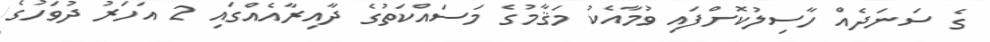
ގެ ސަނަދެއް ހާސިލުކޮށްފައި ވުމާއެކު މަޤާމުގެ މަސައްކަތުގެ ދާއިރާއެއްގައި 2 އަހަރު ދުވަހުގެ